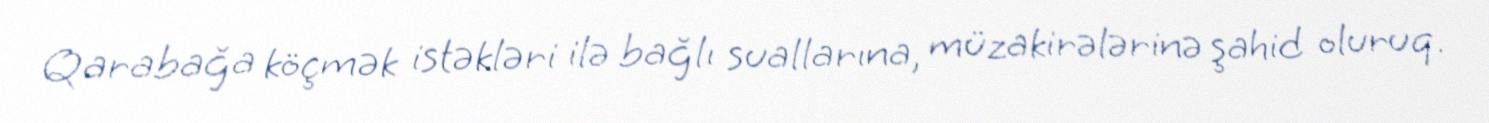
Qarabağa köçmək istəkləri ilə bağlı suallarına, müzakirələrinə şahid oluruq.